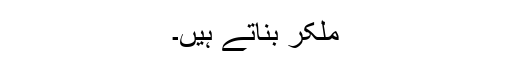
ملکر بناتے ہیں۔